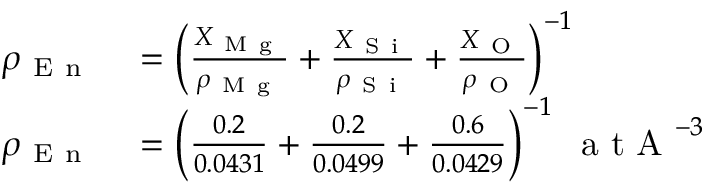
\begin{array} { r l } { \rho _ { \mathrm { ~ E ~ n ~ } } } & { { } = \left( \frac { X _ { \mathrm { ~ M ~ g ~ } } } { \rho _ { \mathrm { ~ M ~ g ~ } } } + \frac { X _ { \mathrm { ~ S ~ i ~ } } } { \rho _ { \mathrm { ~ S ~ i ~ } } } + \frac { X _ { \mathrm { ~ O ~ } } } { \rho _ { \mathrm { ~ O ~ } } } \right) ^ { - 1 } } \\ { \rho _ { \mathrm { ~ E ~ n ~ } } } & { { } = \left( \frac { 0 . 2 } { 0 . 0 4 3 1 } + \frac { 0 . 2 } { 0 . 0 4 9 9 } + \frac { 0 . 6 } { 0 . 0 4 2 9 } \right) ^ { - 1 } \; \mathrm { ~ a ~ t ~ A ~ } ^ { - 3 } } \end{array}